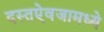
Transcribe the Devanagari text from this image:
दस्तऐवजामध्ये